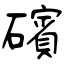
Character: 礗